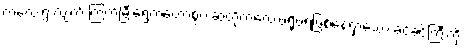
ကလေးရွဲ လျက် ကြက်မြီးရွှေကတော့စွပ် ဆံတိုကလေးဖရိုဖရဲဖြစ်နေရှာသော ခင်ခင်ကြီးကို